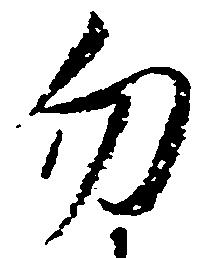
勿